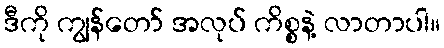
ဒီကို ကျွန်တော် အလုပ် ကိစ္စနဲ့ လာတာပါ။